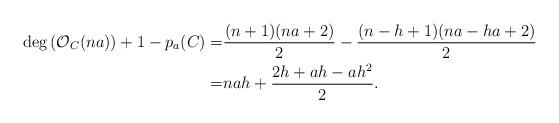
LaTeX: \begin{align*}{\rm deg}\left(\mathcal{O}_C(na)\right)+1-p_a(C)=&\frac{(n+1)(na+2)}{2}-\frac{(n-h+1)(na-ha+2)}{2} \\=& nah+ \frac{2h+ah-ah^2}{2}.\end{align*}